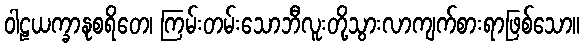
ဝါဠယက္ခာနုစရိတေ၊ ကြမ်းတမ်းသောဘီလူးတို့သွားလာကျက်စားရာဖြစ်သော။